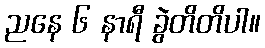
ညနေ ၆ နာရီ ခွဲတိတိပါ။